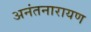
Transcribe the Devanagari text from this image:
अनंतनारायण